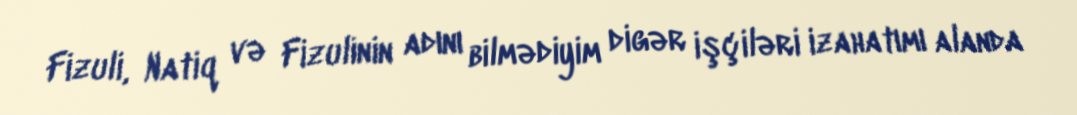
Fizuli, Natiq və Fizulinin adını bilmədiyim digər işçiləri izahatımı alanda